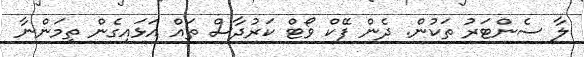
ލާ ސެންޓަރު ތަކުން. ދެން ފޭކް ވޯޓް ކަރުދާސް ތައް އަޅައިގެން ތިމަންނާ